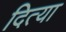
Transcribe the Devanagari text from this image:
दित्या